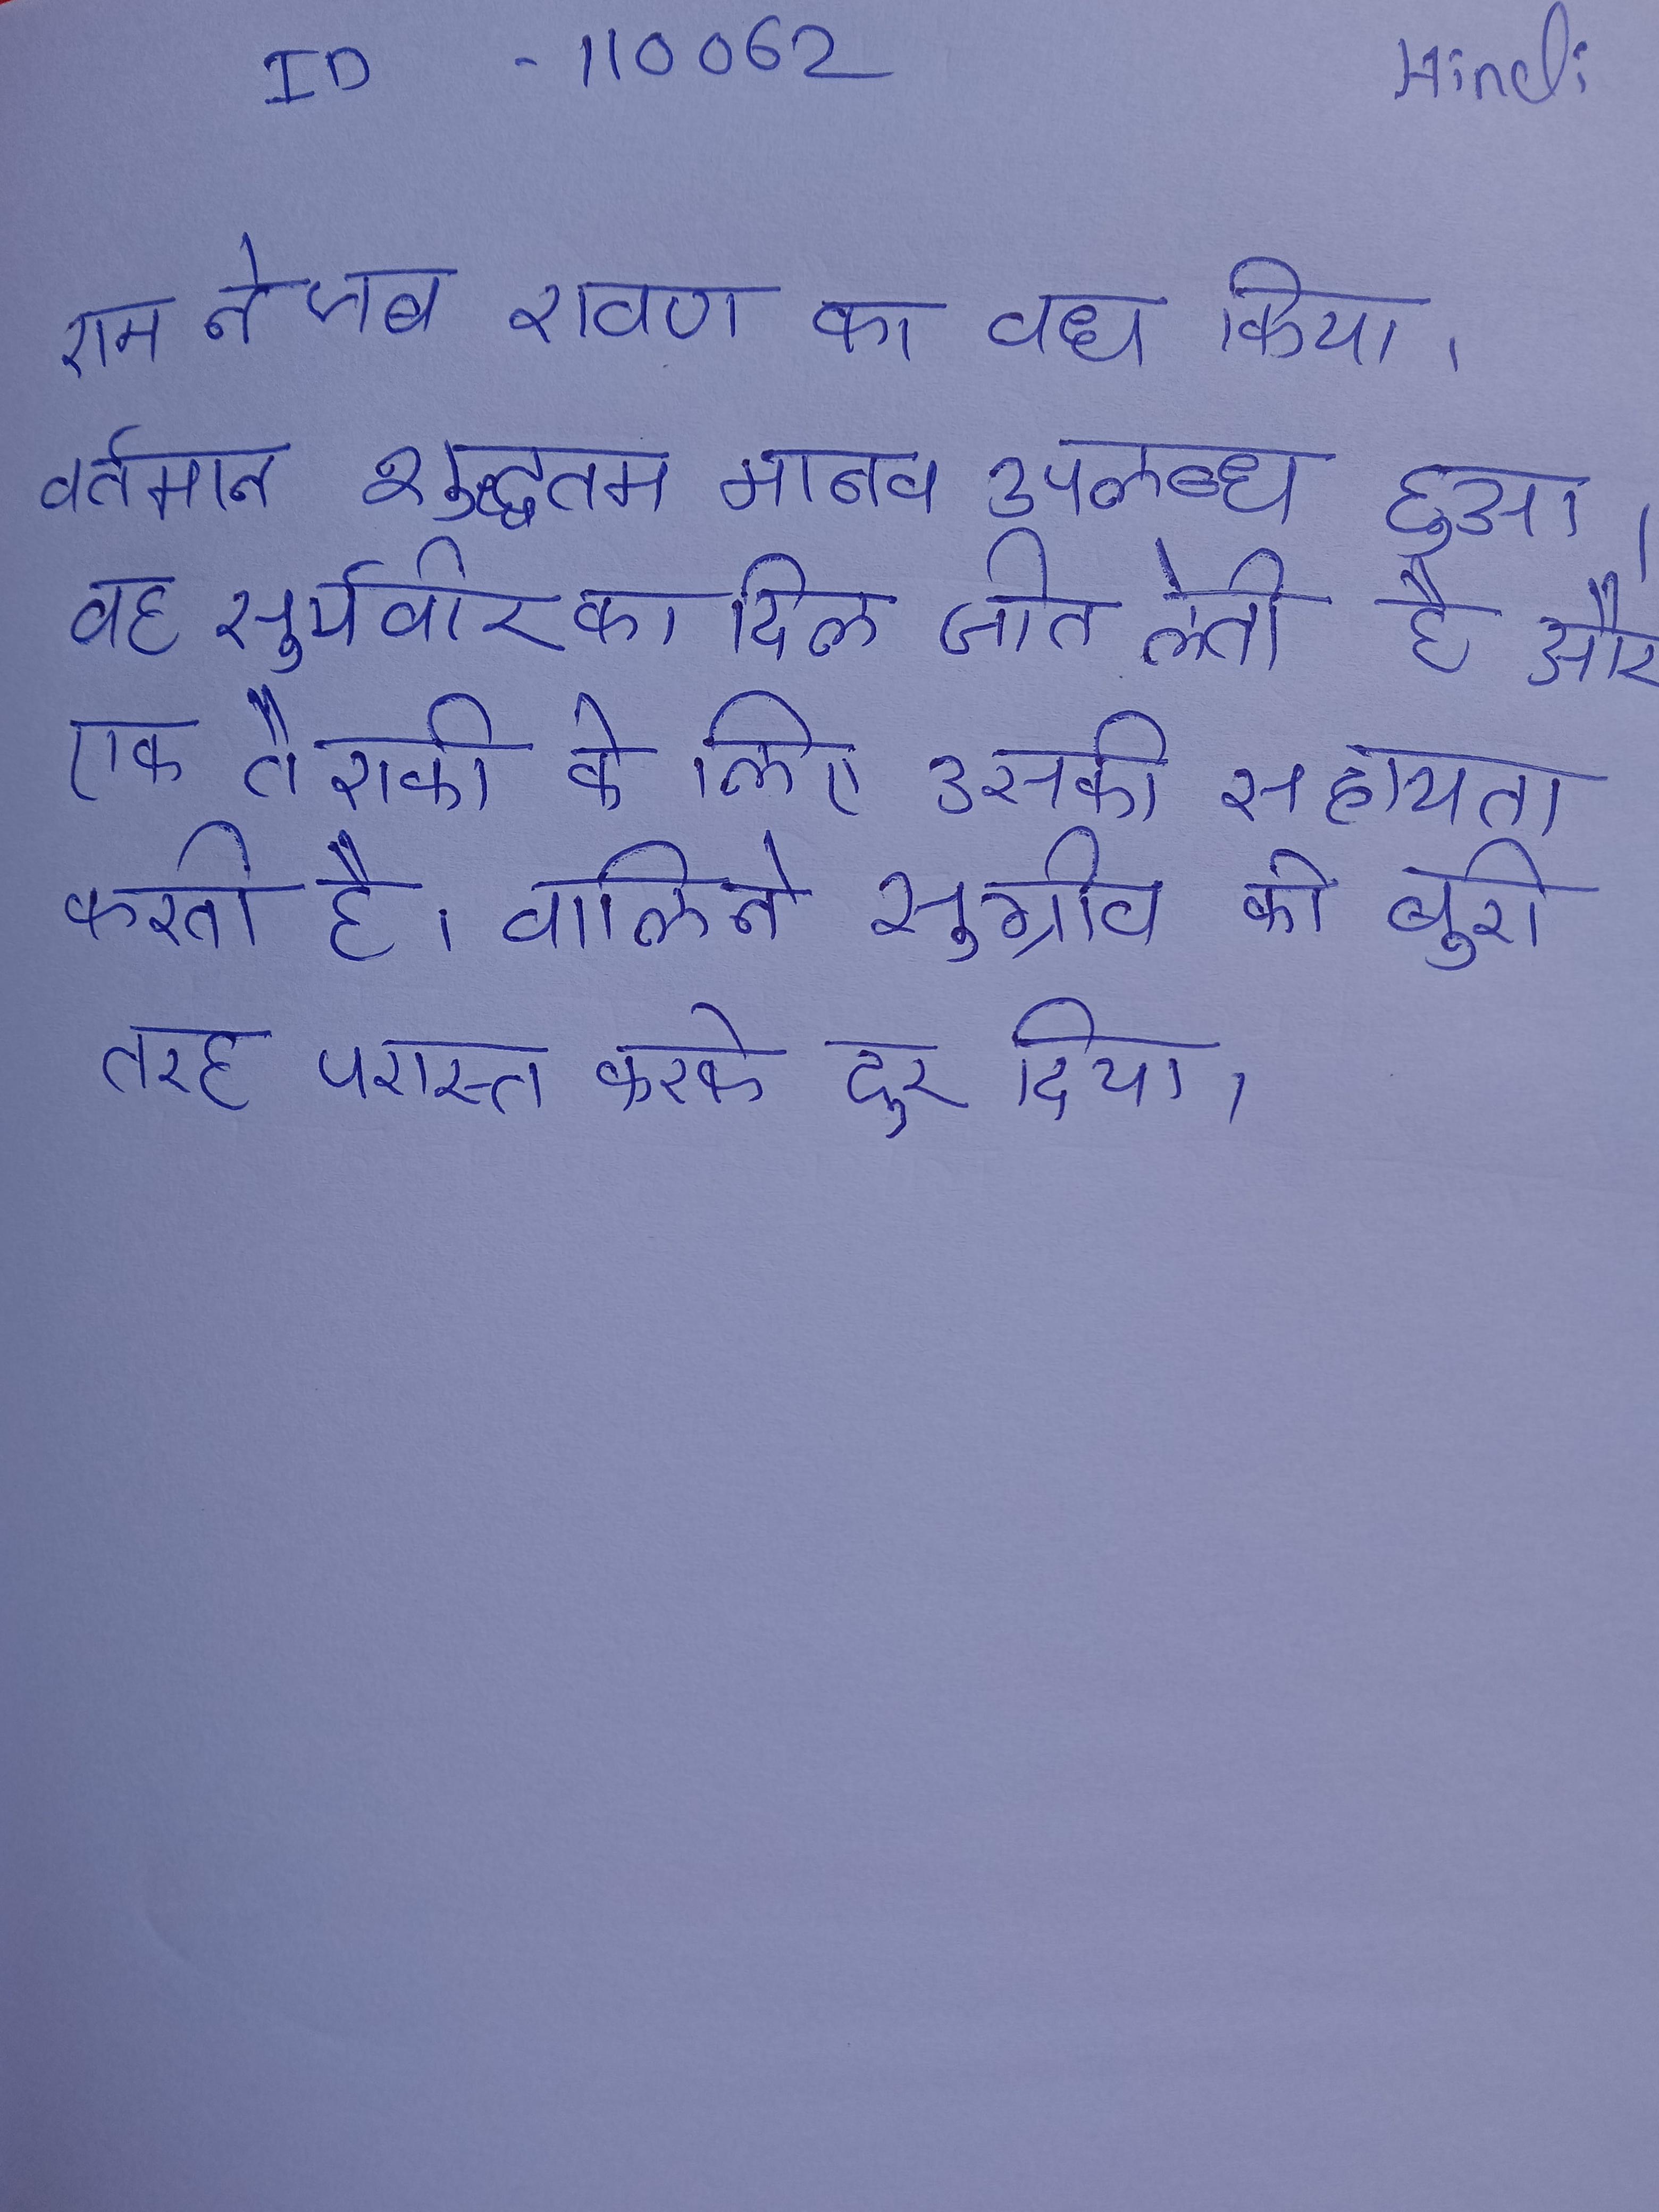
राम ने जब रावण का वध किया । वर्तमान शुद्धतम मानव उपलब्ध हुआ । वह सूर्यवीर का दिल जीत लेती है और एक तैराकी के लिए उसकी सहायता करती है । वालि ने सुग्रीव को बुरी तरह परास्त करके दूर दिया ।